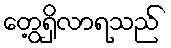
တွေ့ရှိလာရသည်